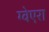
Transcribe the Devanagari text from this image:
ग्वेएरा